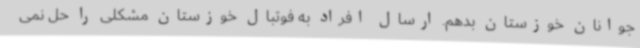
جوانان خوزستان بدهم. ارسال افراد به فوتبال خوزستان مشکلی را حل نمی